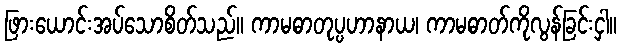
ဖြားယောင်းအပ်သောစိတ်သည်။ ကာမဓာတုပ္ပဟာနာယ၊ ကာမဓာတ်ကိုလွန်ခြင်းငှါ။